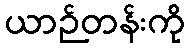
ယာဉ်တန်းကို